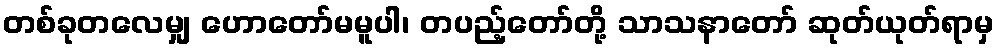
တစ်ခုတလေမျှ ဟောတော်မမူပါ၊ တပည့်တော်တို့ သာသနာတော် ဆုတ်ယုတ်ရာမှ